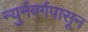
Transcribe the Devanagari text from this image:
न्युर्नबर्गपासून